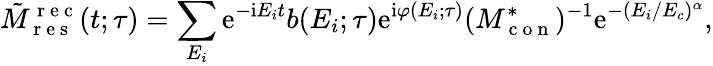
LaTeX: \tilde{M}_{\mathrm{~r~e~s~}}^{\mathrm{~r~e~c~}}(t;\tau)=\sum_{E_{i}}\mathrm e^{-\mathrm iE_{i}t}b(E_{i};\tau)\mathrm e^{\mathrm i\varphi(E_{i};\tau)}(M_{\mathrm{~c~o~n~}}^{*})^{-1}\mathrm e^{-(E_{i}/E_{c})^{\alpha}},